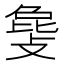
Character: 𫿅